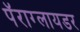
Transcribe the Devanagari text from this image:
पॅराग्लायडर